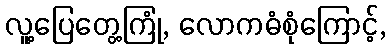
လူ့ပြေတွေ့ကြုံ, လောကဓံစုံကြောင့်,